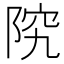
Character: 𫕂